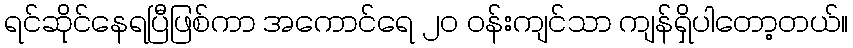
ရင်ဆိုင်နေရပြီဖြစ်ကာ အကောင်ရေ ၂၀ ဝန်းကျင်သာ ကျန်ရှိပါတော့တယ်။